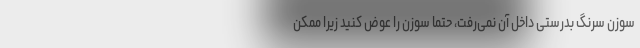
سوزنِ سرنگ بدرستی داخل آن نمی‌رفت، حتما سوزن را عوض کنید زیرا ممکن